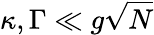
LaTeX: \kappa,\Gamma\ll g\sqrt{N}